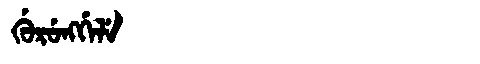
Manchu: ᡤᡠᡵᡠᠩᡤᡝᠯᡝ
Romanization: GURUNGGELE